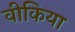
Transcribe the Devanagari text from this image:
वीकिया